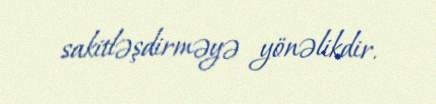
sakitləşdirməyə yönəlikdir.